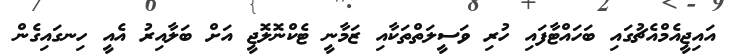
އައިޖީއެމްއެޗުގައި ބަހައްޓާފައި ހުރި ވަސީލަތްތަކާއި ޒަމާނީ ޓެކްނޮލޮޖީ އަށް ބަލާއިރު އެއީ ހިނގައިގެން